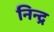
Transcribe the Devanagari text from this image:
निन्द्र